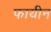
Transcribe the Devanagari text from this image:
फायीन